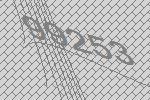
99253